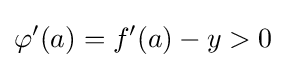
\varphi '(a)=f'(a)-y>0